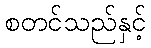
စတင်သည်နှင့်